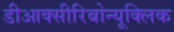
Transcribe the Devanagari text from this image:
डीआक्सीरिबोन्यूक्लिक